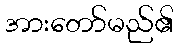
အားတော်မည်၏